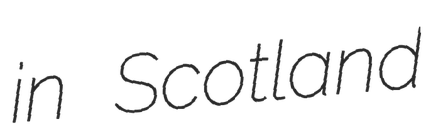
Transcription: in Scotland